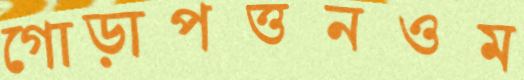
গোড়াপত্তনওম